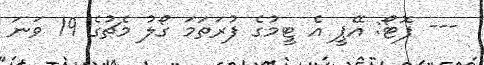
--- ފޮޓޯ: އޭޕީ އެ ޓީމުގެ ފުރަތަމަ ގޯލު މެޗުގެ 19 ވަނަ